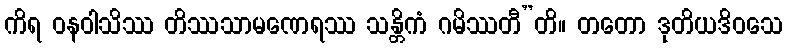
ကိရ ဝနဝါသိဿ တိဿသာမဏေရဿ သန္တိကံ ဂမိဿတီ”တိ။ တတော ဒုတိယဒိဝသေ